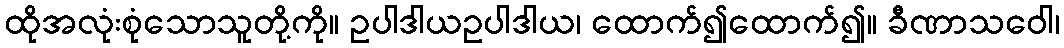
ထိုအလုံးစုံသောသူတို့ကို။ ဥပါဒါယဥပါဒါယ၊ ထောက်၍ထောက်၍။ ခီဏာသဝေါ၊